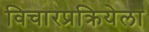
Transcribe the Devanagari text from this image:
विचारप्रक्रियेला